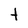
Character: t